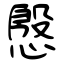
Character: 慇